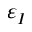
\varepsilon _ { I }